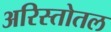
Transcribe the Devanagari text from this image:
अरिस्तोतल